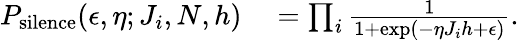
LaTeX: \begin{array}{rl}{P_{\textrm{silence}}(\epsilon,\eta;J_{i},N,h)}&{{}=\prod_{i}\frac{1}{1+\exp(-\eta J_{i}h+\epsilon)}.}\end{array}